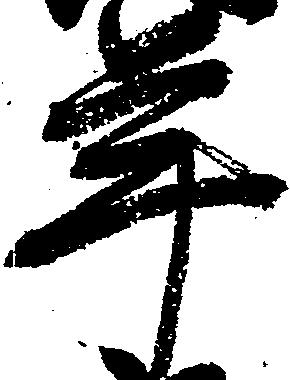
年